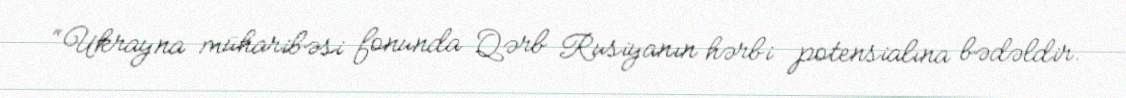
“Ukrayna müharibəsi fonunda Qərb Rusiyanın hərbi potensialına bədəldir.